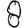
Digit: 8